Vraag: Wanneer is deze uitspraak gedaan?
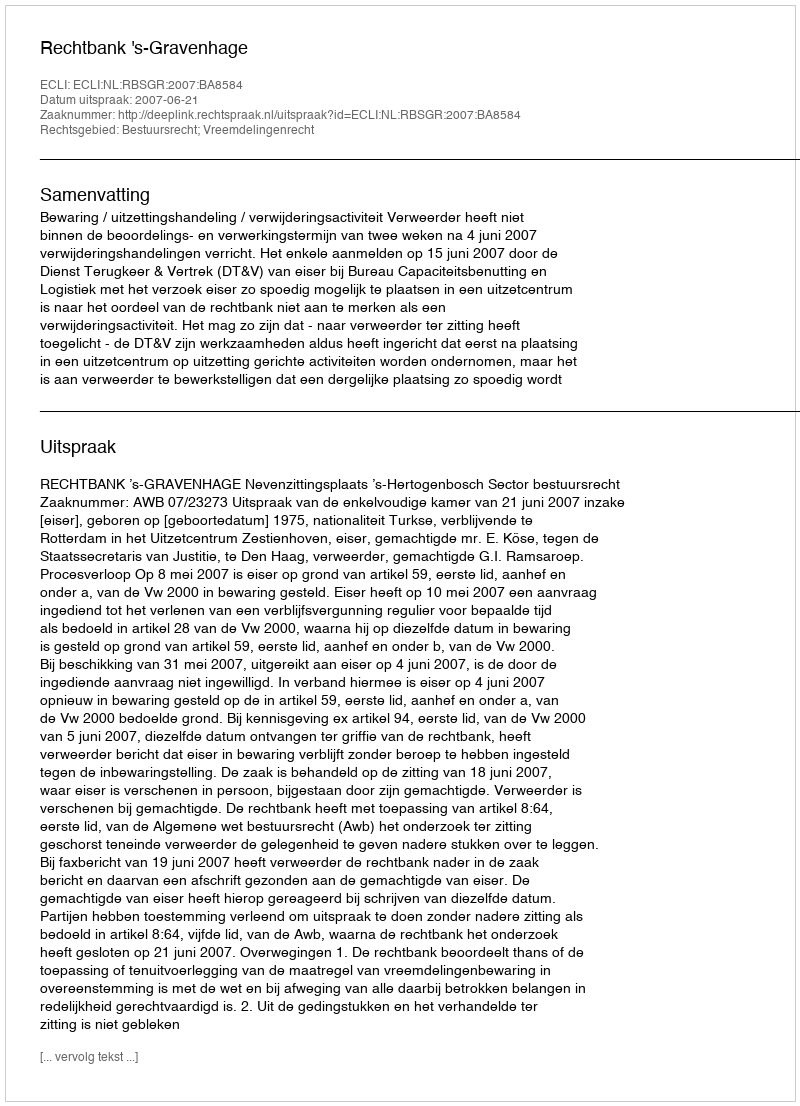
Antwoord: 2007-06-21